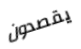
يقصدون